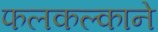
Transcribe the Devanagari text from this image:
फलकल्काने